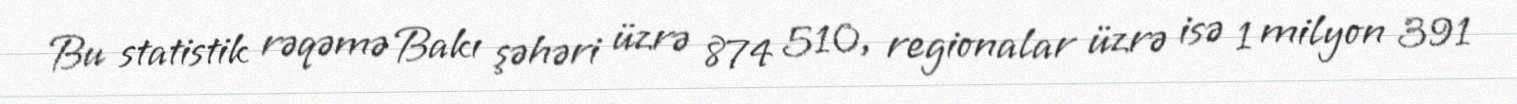
Bu statistik rəqəmə Bakı şəhəri üzrə 874 510, regionalar üzrə isə 1 milyon 391